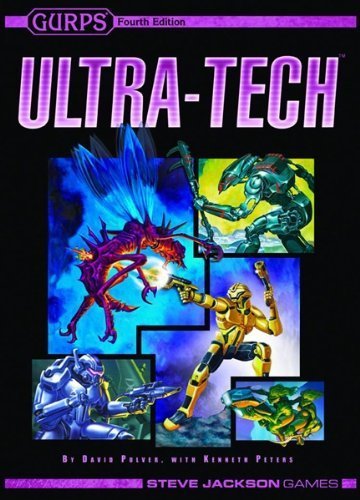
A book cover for GURPS Ultra-tech softcover *OP; Steve Jackson Games; Science Fiction & Fantasy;